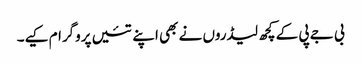
بی جے پی کے کچھ لیڈروں نے بھی اپنے تئیں پروگرام کیے۔